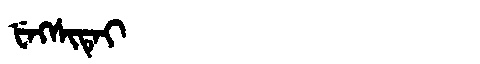
Manchu: ᡶᡝᡴᠰᡳᡨᡝᡳ
Romanization: FEKSITEI